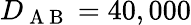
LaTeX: D_{\mathrm{~A~B~}}=40,000